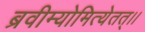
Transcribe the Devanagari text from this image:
ब्रवीम्योमित्येतत्।।